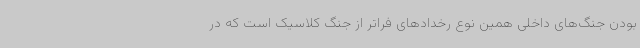
بودن جنگ‌های داخلی همین نوع رخدادهای فراتر از جنگ کلاسیک است که در